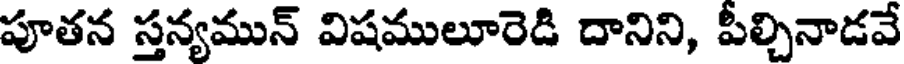
పూతన స్తన్యమున్ విషములూరెడి దానిని, పీల్చినాడవే